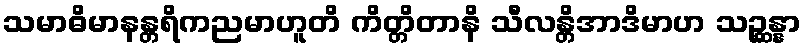
သမာဓိမာနန္တရိကညမာဟူတိ ကိတ္တိတာနိ သီလန္တိအာဒိမာဟ သဉ္ဆန္နာ